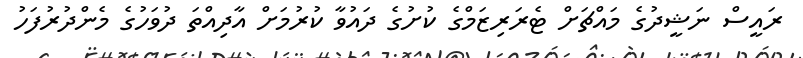
ރައީސް ނަޝީދުގެ މައްޗަށް ޓެރަރިޒަމްގެ ކުށުގެ ދައުވާ ކުރުމަށް އާދިއްތަ ދުވަހުގެ މެންދުރުފަހު